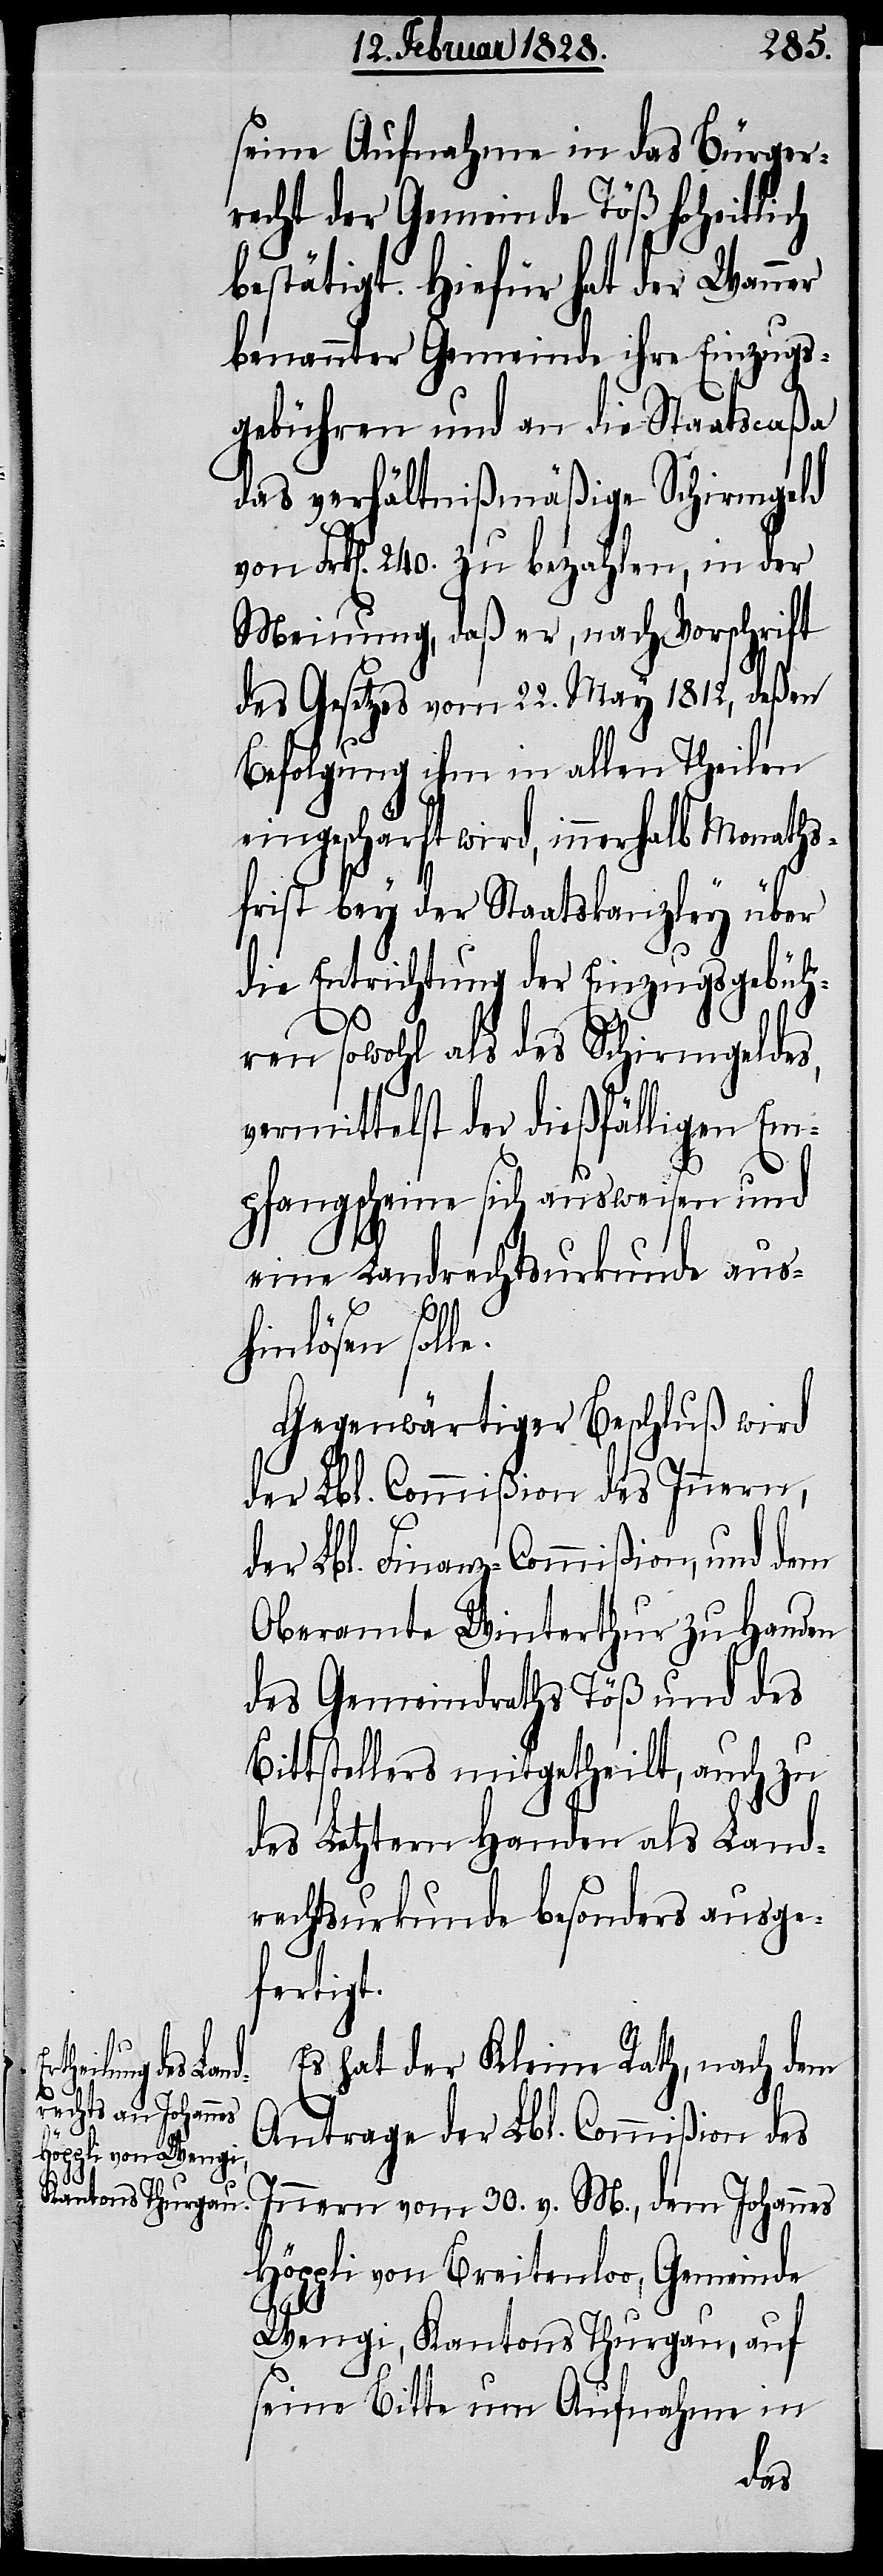
t.

seine Aufnahme in das Bürger¬
recht der Gemeinde Töß hoheitlich
bestätigt. Hierfür hat der Wanner
benannter Gemeinde ihre Einzugs¬
gebühren und an die Staatscaßa
das verhältnißmäßige Schirmgeld
Frk[en]. 240. zu bezahlen, in der
Meinung, daß er, nach Vorschrift
des Gesetzes vom 22. May 1812, deßen
Befolgung ihm in allen Theilen
eingeschärft wird, innerhalb Monaths¬
frist bey der Staatskanzley über
die Entrichtung der Einzugsgebüh¬
ren sowohl als des Schirmgeldes,
vermittelst der dießfälligen Em¬
pfangscheine sich ausweisen und
eine Landrechtsurkunde aus¬
hinlösen solle.
Gegenwärtiger Beschluß wird
der Lbl. Commißion des Innern,
der Lbl. Finanz-Commißion, und dem
Oberamte Winterthur zu Handen
des Gemeindraths Töß und des
Bittstellers mitgetheilt, auch zu
des Letztern Handen als Land¬
rechtsurkunde besonders ausge¬
fertig¬
Es hat der Kleine Rath, nach dem
Antrage der Lbl. Commißion des
Innern vom 30. v. M., dem Johannes
Höppli von Breitenloo, Gemeinde
Wengi, Kantons Thurgau, auf
seine Bitte um Aufnahme in